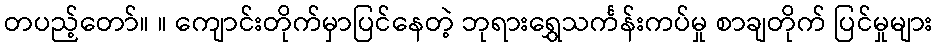
တပည့်တော်။ ။ ကျောင်းတိုက်မှာပြင်နေတဲ့ ဘုရားရွှေသင်္ကန်းကပ်မှု စာချတိုက် ပြင်မှုများ